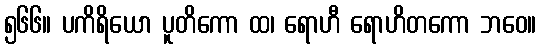
၅၆၆။ ပကိရိယော ပူတိကော ထ၊ ရောဟီ ရောဟိတကော ဘဝေ။